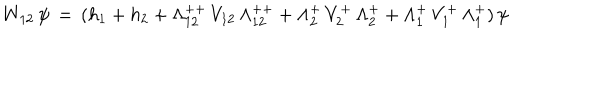
LaTeX: W _ { 1 2 } \, \psi \, = \, ( h _ { 1 } + h _ { 2 } + \Lambda _ { 1 2 } ^ { + + } \, V _ { 1 2 } \, \Lambda _ { 1 2 } ^ { + + } + \Lambda _ { 2 } ^ { + } \, V _ { 2 } ^ { + } \, \Lambda _ { 2 } ^ { + } + \Lambda _ { 1 } ^ { + } \, V _ { 1 } ^ { + } \, \Lambda _ { 1 } ^ { + } ) \, \psi